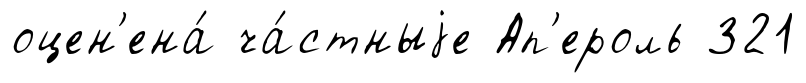
оцен'ена́ ча́стныjе Ап'ероль 321